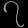
Digit: ၇